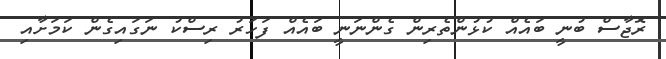
ރޮޖާސް ބުނީ ބައެއް ކުޅުންތެރިން ގެންނަނީ ބައެއް ފަހަރު ރިސްކު ނަގައިގެން ކަމަށާއި